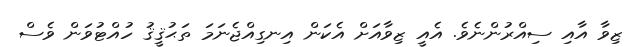
ޒިވާ އާއި ސިއްރުންނެވެ. އެއީ ޒިވާއަށް އެކަން އިނގިއްޖެނަމަ ތަޙުޤީޤު ހުއްޓުވަން ވެސް